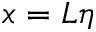
x = L \eta